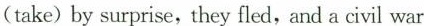
(take)by surprise,they fled, and a civil war